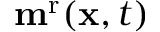
\mathbf { m } ^ { \mathrm { r } } ( \mathbf { x } , t )